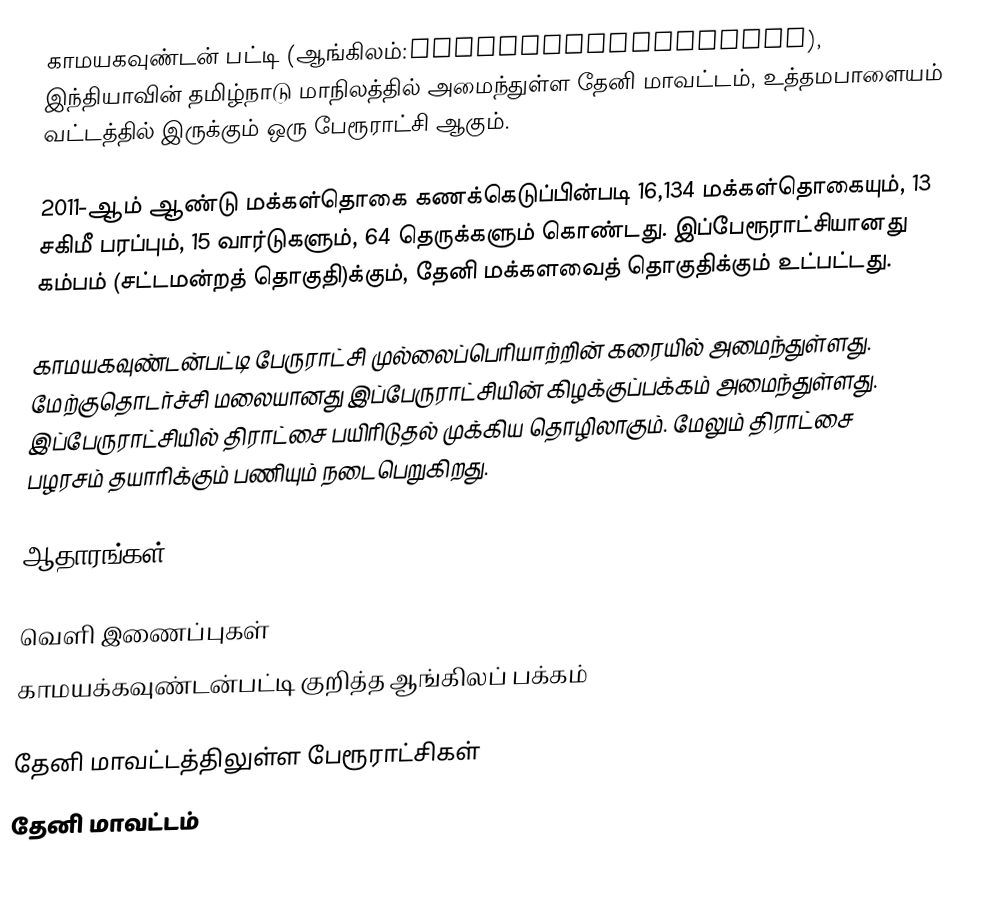
காமயகவுண்டன் பட்டி (ஆங்கிலம்:Kamayagoundanpatti), இந்தியாவின் தமிழ்நாடு மாநிலத்தில் அமைந்துள்ள தேனி மாவட்டம், உத்தமபாளையம்  வட்டத்தில் இருக்கும் ஒரு பேரூராட்சி ஆகும்.

2011-ஆம் ஆண்டு மக்கள்தொகை கணக்கெடுப்பின்படி 16,134 மக்கள்தொகையும், 13 சகிமீ பரப்பும்,  15 வார்டுகளும்,  64 தெருக்களும் கொண்டது. இப்பேரூராட்சியானது கம்பம் (சட்டமன்றத் தொகுதி)க்கும், தேனி மக்களவைத் தொகுதிக்கும் உட்பட்டது.

காமயகவுண்டன்பட்டி பேருராட்சி முல்லைப்பெரியாற்றின் கரையில் அமைந்துள்ளது. மேற்குதொடர்ச்சி மலையானது இப்பேருராட்சியின் கிழக்குப்பக்கம் அமைந்துள்ளது. இப்பேருராட்சியில் திராட்சை பயிரிடுதல் முக்கிய தொழிலாகும். மேலும் திராட்சை பழரசம் தயாரிக்கும் பணியும் நடைபெறுகிறது.

ஆதாரங்கள்

வெளி இணைப்புகள்
 காமயக்கவுண்டன்பட்டி குறித்த ஆங்கிலப் பக்கம்

தேனி மாவட்டத்திலுள்ள பேரூராட்சிகள்
தேனி மாவட்டம்